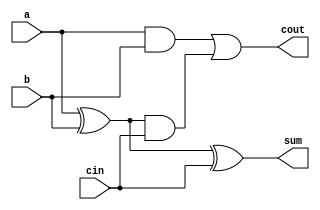
module carry_look_ahead_adder(cout, sum, a, b, cin);

output cout;
output reg sum;
input a, b, cin;

wire p, g, w1;

and and1(g, a, b);
xor xor1(p, a, b);
and and2(w1, p, cin);
or   or1(cout, g, w1);
xor xor2(sum, p, cin);

endmodule